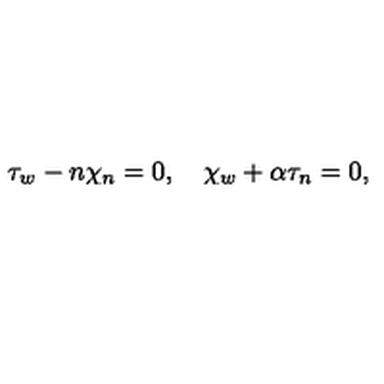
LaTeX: \tau _ { w } - n \chi _ { n } = 0 , \quad \chi _ { w } + \alpha \tau _ { n } = 0 ,